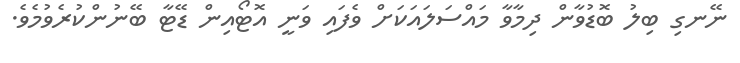
ނޭނގި ބިލު ބޮޑުވާން ދިމާވާ މައްސަލައަކަށް ވެފައި ވަނީ އޮޓޯއިން ޑޭޓާ ބޭނުންކުރެވުމެވެ.